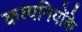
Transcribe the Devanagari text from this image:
कम्पनियोंके